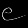
Digit: ၉